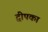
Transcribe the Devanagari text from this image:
द्वीपका